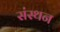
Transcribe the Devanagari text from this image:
संस्थन